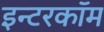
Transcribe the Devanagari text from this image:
इन्टरकॉम